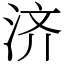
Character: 济